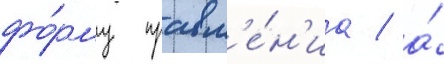
фо́рму правл'е́н'иа / а́